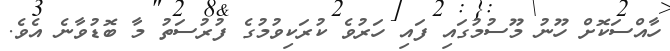
ހާއްސަކޮށް ހޫނު މޫސުމުގައި ފައި ހަރުވެ ކުރަކިވުމުގެ ފުރުސަތު މާ ބޮޑުވާނެ އެވެ.